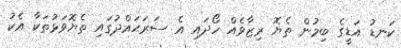
ކަނޑު އަޑީގެ ބިމުން ތެޔޮ ރިޒާވެއް ހޯދައި އެ ސަރަޙައްދުގައި ތެޔޮވަޅުތަކާ އެކު